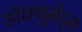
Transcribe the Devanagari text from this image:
डॉक्युमेंट्‌स